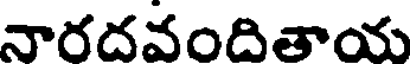
నారదవందితాయ